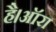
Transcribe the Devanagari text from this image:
है।ऑरा